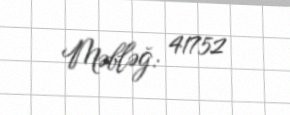
Məbləğ: 41752